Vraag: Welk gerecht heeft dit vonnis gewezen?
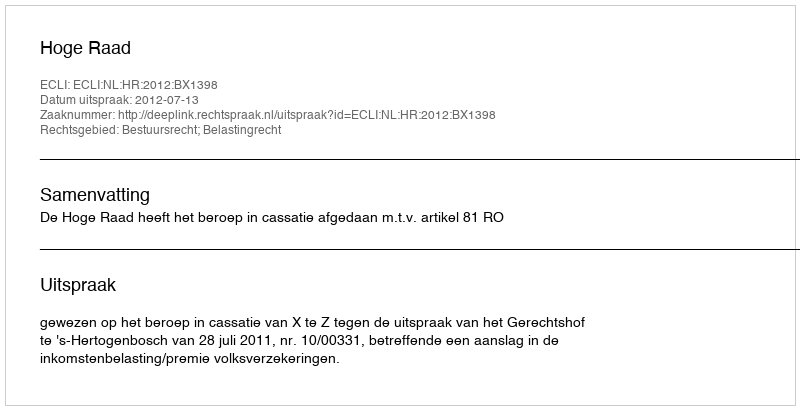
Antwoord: Hoge Raad